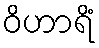
ဝိဟာရိံ